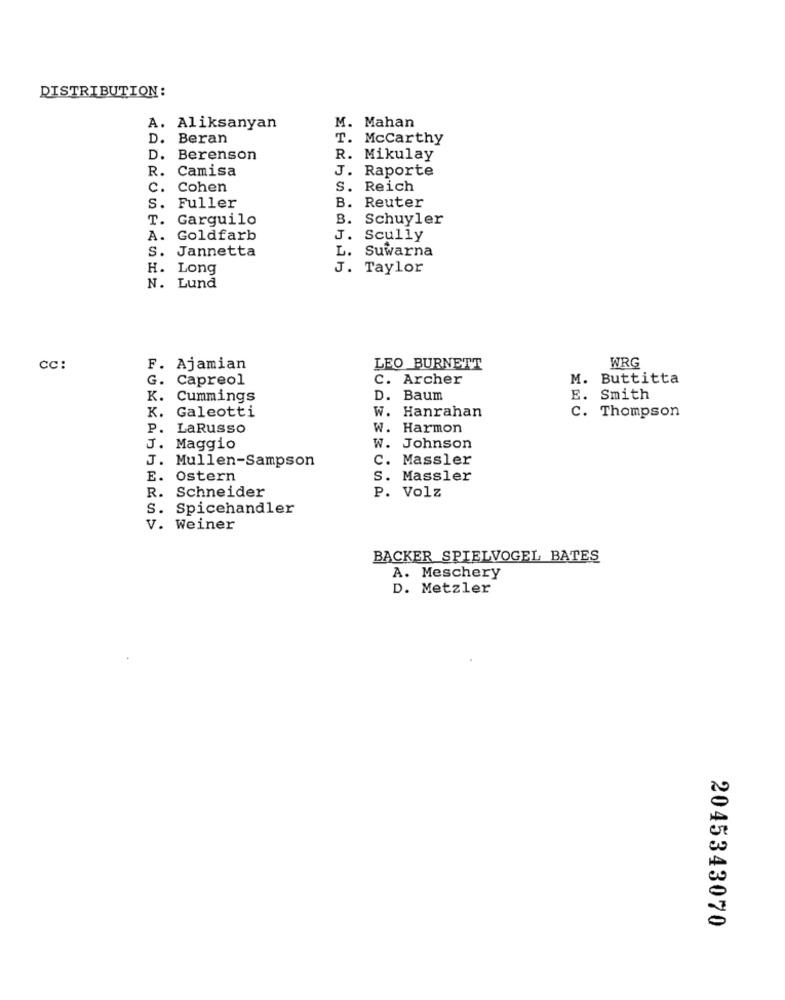
DISTRIBUTION:
A. Aliksanyan
M. Mahan
D. Beran
T. Mccarthy
D.
Berenson
R. Mikulay
R.
Camisa
J. Raporte
c.
Cohen
S.
Reich
S.
Fuller
B. Reuter
T.
Garguilo
B.
Schuyler
A.
Goldfarb
J.
Scully
S.
Jannetta
L.
Suwarna
H. 1
J. Taylor
N. Lund
CC:
F. Ajamian
LEO BURNETT
WRG
G. Capreol
C. Archer
M. Buttitta
K.
Cummings
D. Baum
E. Smith
K.
Galeotti
W. Hanrahan
C. Thompson
P.
LaRusso
W. Harmon
J. Maggio
W. Johnson
J. Mullen-Sampson
C. Massler
E. Ostern
S. Massler
R. Schneider
P. Volz
S. Spicehandler
V. Weiner
BACKER SPIELVOGEL BATES
A. Meschery
D. Metzler
2045343070